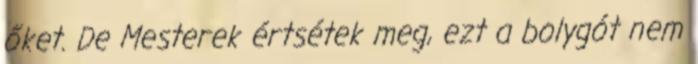
őket. De Mesterek értsétek meg, ezt a bolygót nem